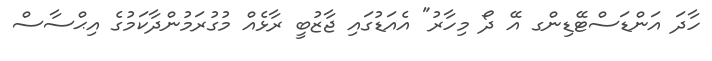
ހާދަ އަންޑަސްޓޭޑިންގ އޭ ދޯ މިހާރު" އެއަޑުގައި ޖާޒުބީ ރާޅެއް މުގުރަމުންދާކަމުގެ އިޙްސާސް